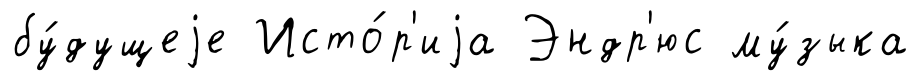
бу́дущеjе Исто́р'иjа Эндр'юс му́зыка